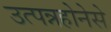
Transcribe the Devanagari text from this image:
उत्पन्नहोनेसे